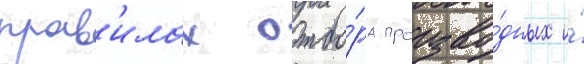
прав'илах отбо́ра произво́дных и́